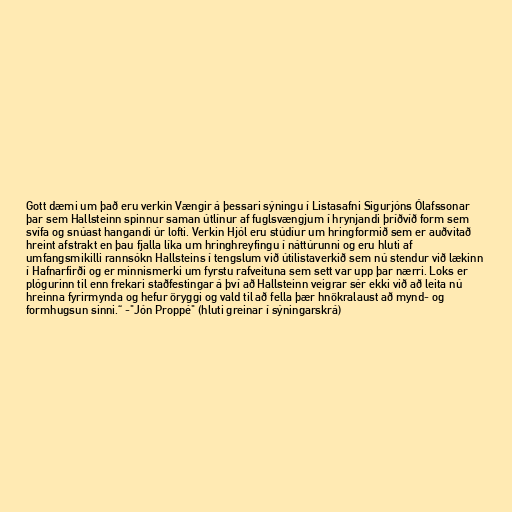
Gott dæmi um það eru verkin Vængir á þessari sýningu í Listasafni Sigurjóns Ólafssonar
þar sem Hallsteinn spinnur saman útlínur af fuglsvængjum í hrynjandi þríðvíð form sem
svífa og snúast hangandi úr lofti. Verkin Hjól eru stúdíur um hringformið sem er auðvitað
hreint afstrakt en þau fjalla líka um hringhreyfingu í náttúrunni og eru hluti af
umfangsmikilli rannsókn Hallsteins í tengslum við útilistaverkið sem nú stendur við lækinn
í Hafnarfirði og er minnismerki um fyrstu rafveituna sem sett var upp þar nærri. Loks er
plógurinn til enn frekari staðfestingar á því að Hallsteinn veigrar sér ekki við að leita nú
hreinna fyrirmynda og hefur öryggi og vald til að fella þær hnökralaust að mynd- og
formhugsun sinni.“ -"Jón Proppé" (hluti greinar í sýningarskrá)